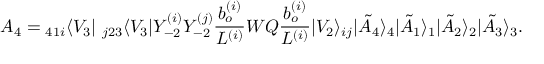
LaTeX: { \cal A } _ { 4 } = { } _ { 4 1 i } \langle V _ { 3 } | ~ _ { j 2 3 } \langle V _ { 3 } | Y _ { - 2 } ^ { ( i ) } Y _ { - 2 } ^ { ( j ) } \frac { b _ { o } ^ { ( i ) } } { L ^ { ( i ) } } W Q \frac { b _ { o } ^ { ( i ) } } { L ^ { ( i ) } } | V _ { 2 } \rangle _ { i j } | \tilde { A } _ { 4 } \rangle _ { 4 } | \tilde { A } _ { 1 } \rangle _ { 1 } | \tilde { A } _ { 2 } \rangle _ { 2 } | \tilde { A } _ { 3 } \rangle _ { 3 } .